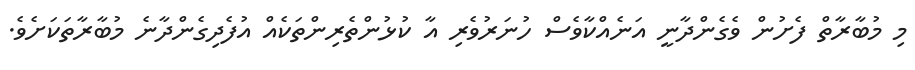
މި މުބާރާތް ފެށުން ވެގެންދާނީ އަނެއްކާވެސް ހުނަރުވެރި އާ ކުޅުންތެރިންތަކެއް އުފެދިގެންދާނެ މުބާރާތަކަށެވެ.